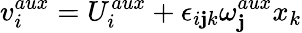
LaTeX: v_{i}^{aux}=U_{i}^{aux}+\epsilon_{i\mathbf{j}k}\omega_{\mathbf{j}}^{aux}x_{k}